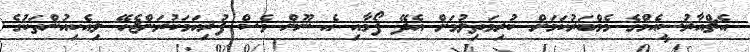
އެޗްއާރުސީއެމްގެ މެމްބަރުކަމަށް ކުރިމަތިލުމަށް އެދޭ ފޯމާއި އެ ނޫން ވެސް ފުރިހަމަކުރަންޖެހޭ ލިއެކިއުންތަކުގެ